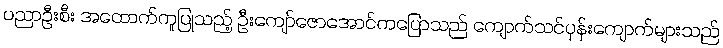
ပညာဦးစီး အထောက်ကူပြုသည့် ဦးကျော်ဇောအောင်ကပြောသည် ကျောက်သင်ပုန်းကျောက်များသည်